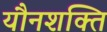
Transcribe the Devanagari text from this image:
यौनशक्ति